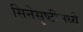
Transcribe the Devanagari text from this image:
सिनेसृष्टीमध्ये